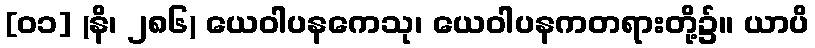
[၀၁] (နိ၊ ၂၈၆) ယေဝါပနကေသု၊ ယေဝါပနကတရားတို့၌။ ယာပိ